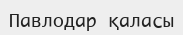
Павлодар қаласы